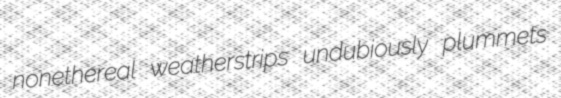
nonethereal weatherstrips undubiously plummets